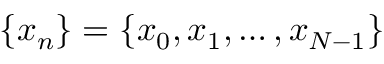
\{ x _ { n } \} = \left\{ x _ { 0 } , x _ { 1 } , \dots , x _ { N - 1 } \right\}